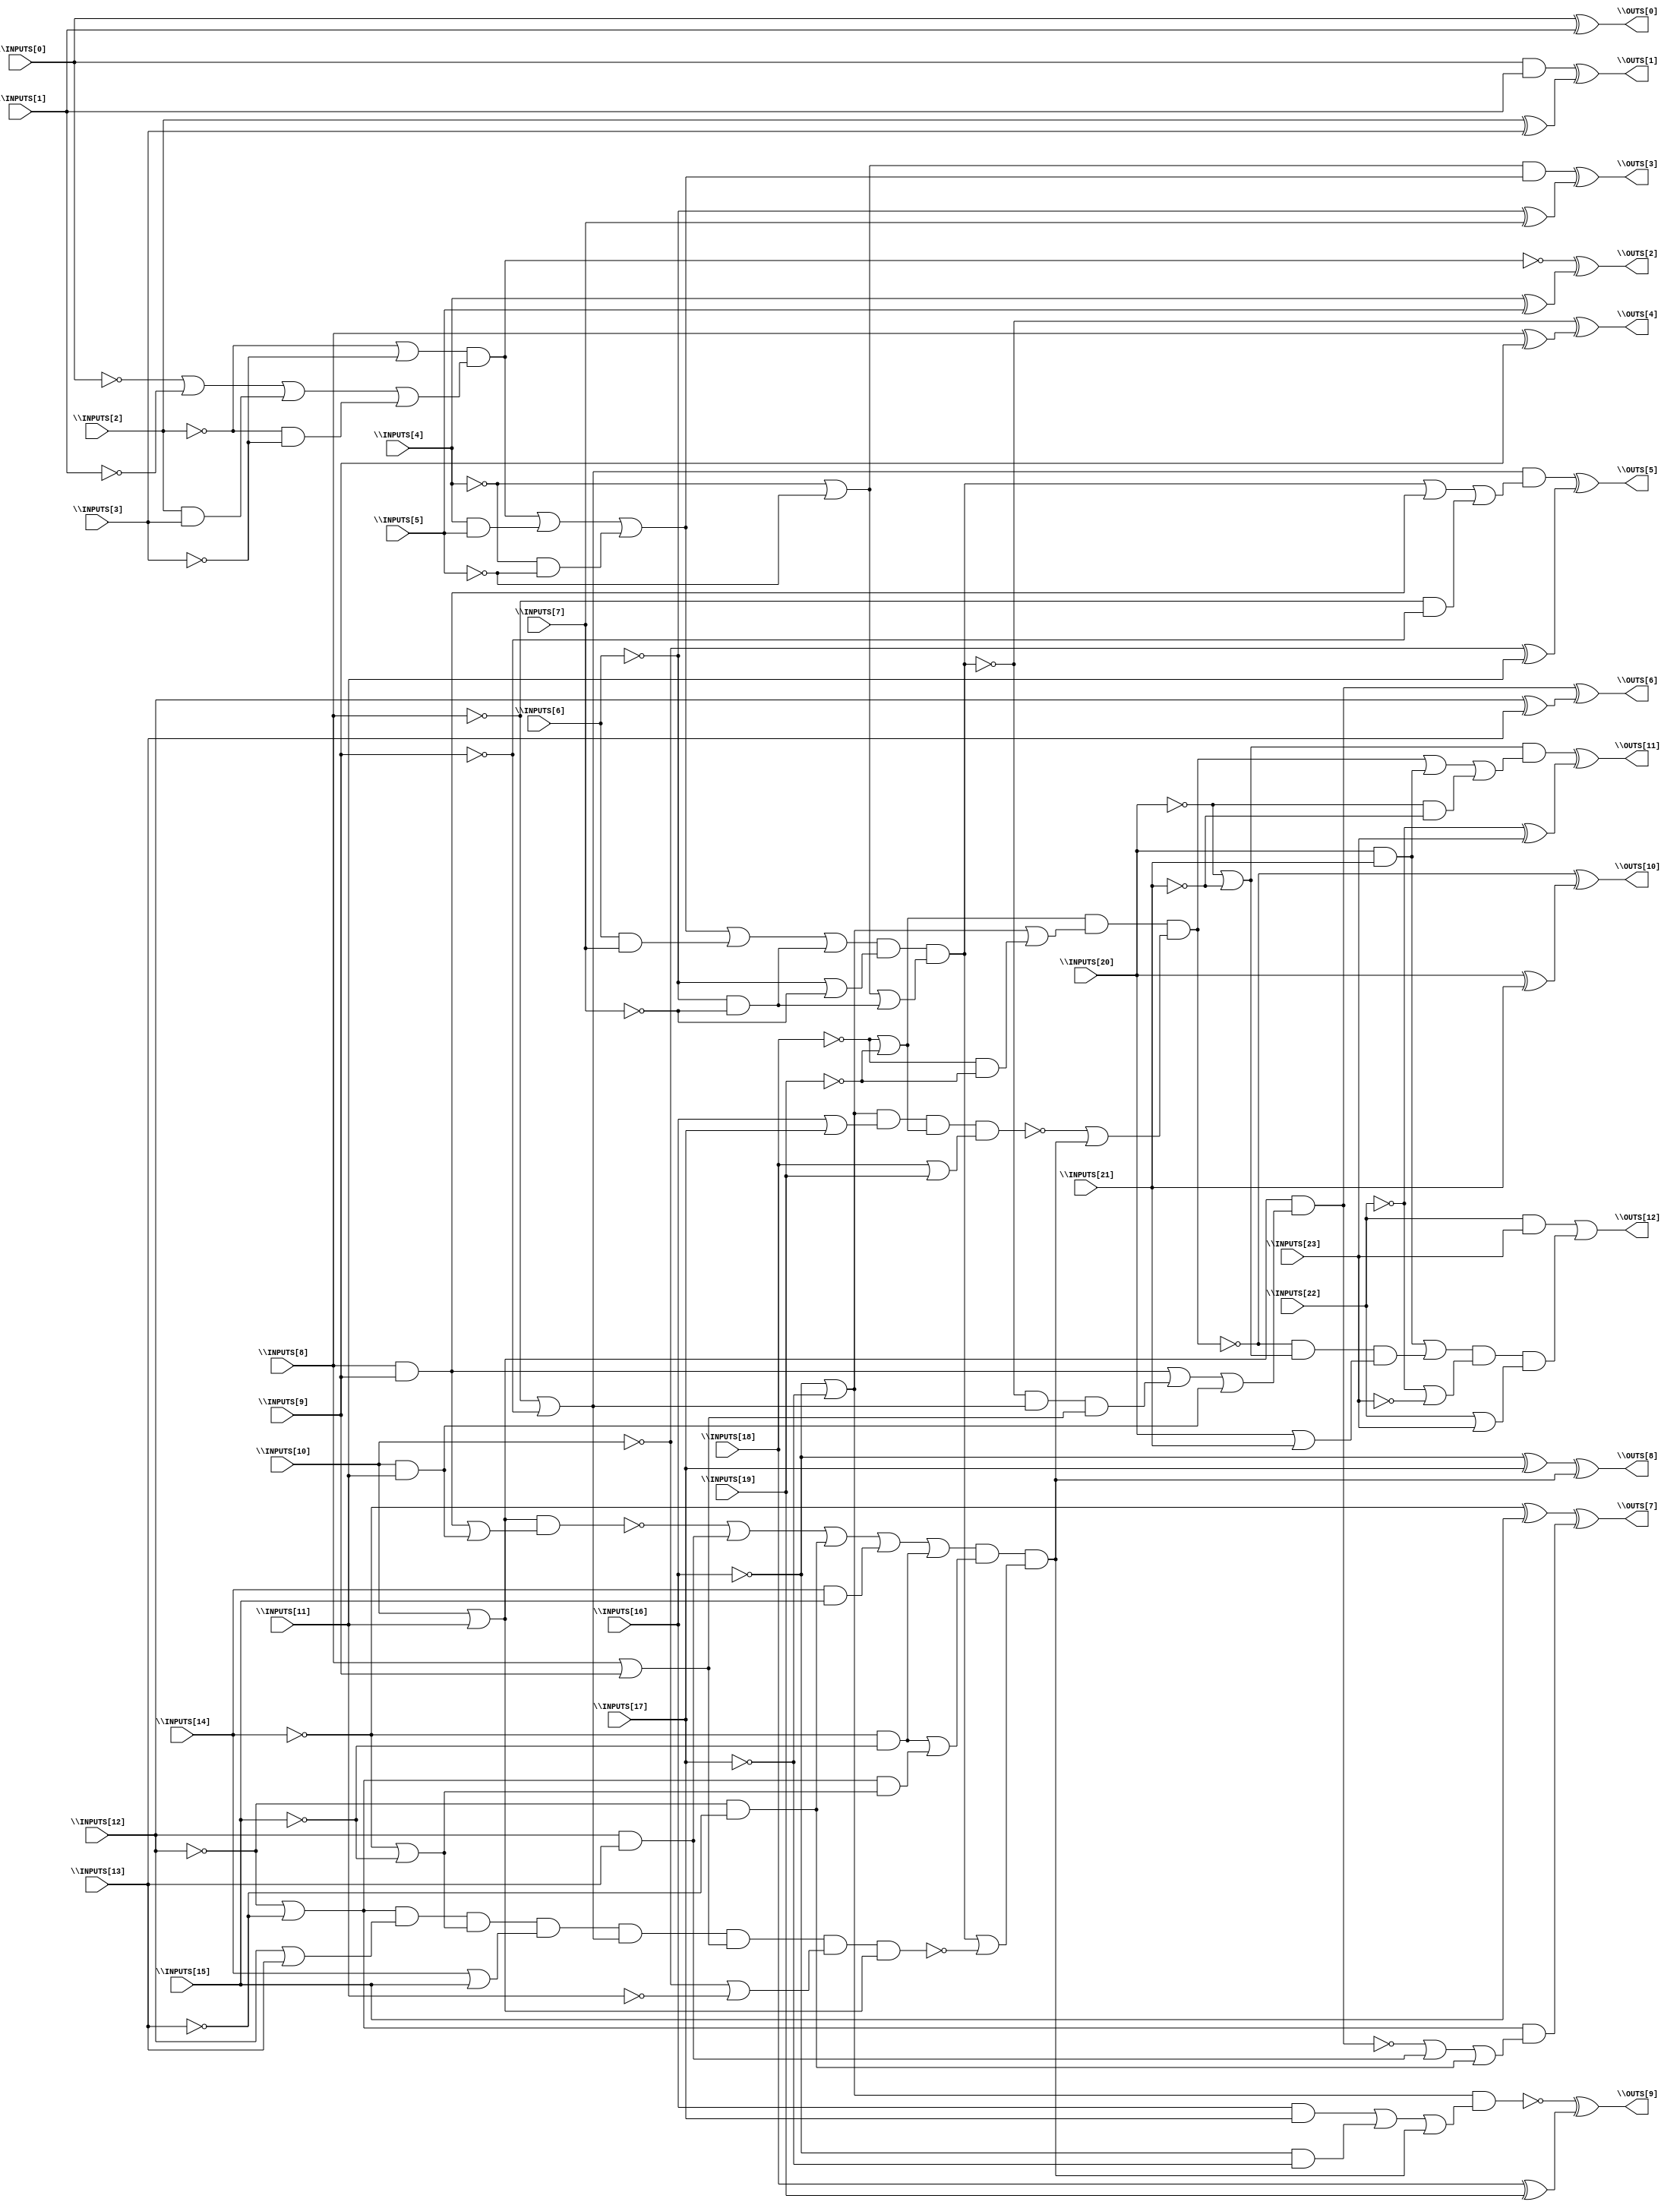
// Benchmark "BrentKung" written by ABC on Sat Dec 04 19:14:31 2021

module BrentKung ( 
    \INPUTS[0] , \INPUTS[1] , \INPUTS[2] , \INPUTS[3] , \INPUTS[4] ,
    \INPUTS[5] , \INPUTS[6] , \INPUTS[7] , \INPUTS[8] , \INPUTS[9] ,
    \INPUTS[10] , \INPUTS[11] , \INPUTS[12] , \INPUTS[13] , \INPUTS[14] ,
    \INPUTS[15] , \INPUTS[16] , \INPUTS[17] , \INPUTS[18] , \INPUTS[19] ,
    \INPUTS[20] , \INPUTS[21] , \INPUTS[22] , \INPUTS[23] ,
    \OUTS[0] , \OUTS[1] , \OUTS[2] , \OUTS[3] , \OUTS[4] , \OUTS[5] ,
    \OUTS[6] , \OUTS[7] , \OUTS[8] , \OUTS[9] , \OUTS[10] , \OUTS[11] ,
    \OUTS[12]   );
  input  \INPUTS[0] , \INPUTS[1] , \INPUTS[2] , \INPUTS[3] , \INPUTS[4] ,
    \INPUTS[5] , \INPUTS[6] , \INPUTS[7] , \INPUTS[8] , \INPUTS[9] ,
    \INPUTS[10] , \INPUTS[11] , \INPUTS[12] , \INPUTS[13] , \INPUTS[14] ,
    \INPUTS[15] , \INPUTS[16] , \INPUTS[17] , \INPUTS[18] , \INPUTS[19] ,
    \INPUTS[20] , \INPUTS[21] , \INPUTS[22] , \INPUTS[23] ;
  output \OUTS[0] , \OUTS[1] , \OUTS[2] , \OUTS[3] , \OUTS[4] , \OUTS[5] ,
    \OUTS[6] , \OUTS[7] , \OUTS[8] , \OUTS[9] , \OUTS[10] , \OUTS[11] ,
    \OUTS[12] ;
  wire new_n42_, new_n45_, new_n48_, new_n51_, new_n52_, new_n53_, new_n54_,
    new_n56_, new_n58_, new_n59_, new_n60_;
  assign \OUTS[0]  = \INPUTS[0]  ^ \INPUTS[1] ;
  assign \OUTS[1]  = (\INPUTS[0]  & \INPUTS[1] ) ^ (\INPUTS[2]  ^ \INPUTS[3] );
  assign \OUTS[2]  = ~new_n42_ ^ (\INPUTS[4]  ^ \INPUTS[5] );
  assign new_n42_ = (~\INPUTS[2]  | ~\INPUTS[3] ) & (~\INPUTS[0]  | ~\INPUTS[1]  | (\INPUTS[2]  & \INPUTS[3] ) | (~\INPUTS[2]  & ~\INPUTS[3] ));
  assign \OUTS[3]  = ((~\INPUTS[4]  | ~\INPUTS[5] ) & (new_n42_ | (\INPUTS[4]  & \INPUTS[5] ) | (~\INPUTS[4]  & ~\INPUTS[5] ))) ^ (~\INPUTS[6]  ^ \INPUTS[7] );
  assign \OUTS[4]  = ~new_n45_ ^ (\INPUTS[8]  ^ \INPUTS[9] );
  assign new_n45_ = (new_n42_ | (\INPUTS[4]  & \INPUTS[5] ) | (~\INPUTS[4]  & ~\INPUTS[5] ) | (\INPUTS[6]  & \INPUTS[7] ) | (~\INPUTS[6]  & ~\INPUTS[7] )) & (~\INPUTS[6]  | ~\INPUTS[7] ) & (~\INPUTS[4]  | ~\INPUTS[5]  | (~\INPUTS[6]  & ~\INPUTS[7] ));
  assign \OUTS[5]  = ((~\INPUTS[8]  | ~\INPUTS[9] ) & (new_n45_ | (\INPUTS[8]  & \INPUTS[9] ) | (~\INPUTS[8]  & ~\INPUTS[9] ))) ^ (~\INPUTS[10]  ^ \INPUTS[11] );
  assign \OUTS[6]  = new_n48_ ^ (\INPUTS[12]  ^ \INPUTS[13] );
  assign new_n48_ = (\INPUTS[10]  | \INPUTS[11] ) & ((\INPUTS[8]  & \INPUTS[9] ) | (~new_n45_ & (~\INPUTS[8]  | ~\INPUTS[9] ) & (\INPUTS[8]  | \INPUTS[9] )) | (\INPUTS[10]  & \INPUTS[11] ));
  assign \OUTS[7]  = (~\INPUTS[14]  ^ \INPUTS[15] ) ^ ((~\INPUTS[12]  | ~\INPUTS[13] ) & (~new_n48_ | (\INPUTS[12]  & \INPUTS[13] ) | (~\INPUTS[12]  & ~\INPUTS[13] )));
  assign \OUTS[8]  = (~\INPUTS[16]  ^ \INPUTS[17] ) ^ (new_n53_ & (new_n45_ | ~new_n51_));
  assign new_n51_ = new_n52_ & (~\INPUTS[8]  | ~\INPUTS[9] ) & (\INPUTS[8]  | \INPUTS[9] ) & (~\INPUTS[10]  | ~\INPUTS[11] ) & (\INPUTS[10]  | \INPUTS[11] );
  assign new_n52_ = (~\INPUTS[12]  | ~\INPUTS[13] ) & (\INPUTS[12]  | \INPUTS[13] ) & (~\INPUTS[14]  | ~\INPUTS[15] ) & (\INPUTS[14]  | \INPUTS[15] );
  assign new_n53_ = (~new_n54_ | (\INPUTS[12]  & \INPUTS[13] ) | (~\INPUTS[12]  & ~\INPUTS[13] ) | (\INPUTS[14]  & \INPUTS[15] ) | (~\INPUTS[14]  & ~\INPUTS[15] )) & ((~\INPUTS[14]  & ~\INPUTS[15] ) | ((~\INPUTS[12]  | ~\INPUTS[13] ) & (~\INPUTS[14]  | ~\INPUTS[15] )));
  assign new_n54_ = (\INPUTS[10]  | \INPUTS[11] ) & ((\INPUTS[8]  & \INPUTS[9] ) | (\INPUTS[10]  & \INPUTS[11] ));
  assign \OUTS[9]  = ~new_n56_ ^ (\INPUTS[18]  ^ \INPUTS[19] );
  assign new_n56_ = (~\INPUTS[16]  | ~\INPUTS[17] ) & ((\INPUTS[16]  & \INPUTS[17] ) | (~\INPUTS[16]  & ~\INPUTS[17] ) | (new_n53_ & (new_n45_ | ~new_n51_)));
  assign \OUTS[10]  = ~new_n58_ ^ (\INPUTS[20]  ^ \INPUTS[21] );
  assign new_n58_ = new_n60_ & (~new_n59_ | (new_n53_ & (new_n45_ | ~new_n51_)));
  assign new_n59_ = (~\INPUTS[16]  | ~\INPUTS[17] ) & (\INPUTS[16]  | \INPUTS[17] ) & (~\INPUTS[18]  | ~\INPUTS[19] ) & (\INPUTS[18]  | \INPUTS[19] );
  assign new_n60_ = (~\INPUTS[18]  | ~\INPUTS[19] ) & (~\INPUTS[16]  | ~\INPUTS[17]  | (~\INPUTS[18]  & ~\INPUTS[19] ));
  assign \OUTS[11]  = ((~\INPUTS[20]  | ~\INPUTS[21] ) & (new_n58_ | (\INPUTS[20]  & \INPUTS[21] ) | (~\INPUTS[20]  & ~\INPUTS[21] ))) ^ (~\INPUTS[22]  ^ \INPUTS[23] );
  assign \OUTS[12]  = (\INPUTS[22]  & \INPUTS[23] ) | (((\INPUTS[20]  & \INPUTS[21] ) | (~new_n58_ & (~\INPUTS[20]  | ~\INPUTS[21] ) & (\INPUTS[20]  | \INPUTS[21] ))) & (~\INPUTS[22]  | ~\INPUTS[23] ) & (\INPUTS[22]  | \INPUTS[23] ));
endmodule